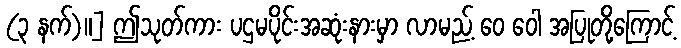
(၃ နက်)။] ဤသုတ်ကား ပဌမပိုင်းအဆုံးနားမှာ လာမည့် ဝေ ဝေါ အပြုတို့ကြောင့်